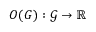
O ( G ) : \mathcal { G } \rightarrow \mathbb { R }